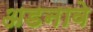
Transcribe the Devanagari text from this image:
अडनावे